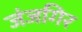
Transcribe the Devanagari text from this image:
जंजगिर